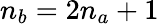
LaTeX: n_{b}=2n_{a}+1